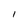
Character: I